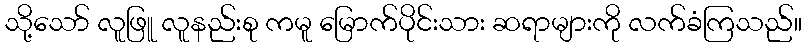
သို့သော် လူဖြူ လူနည်းစု ကမူ မြောက်ပိုင်းသား ဆရာများကို လက်ခံကြသည်။